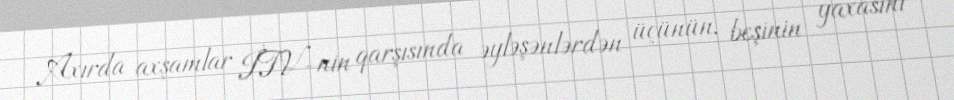
Axırda axşamlar İTV-nin qarşısında əyləşənlərdən üçünün, beşinin yaxasını